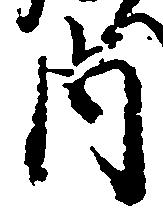
内